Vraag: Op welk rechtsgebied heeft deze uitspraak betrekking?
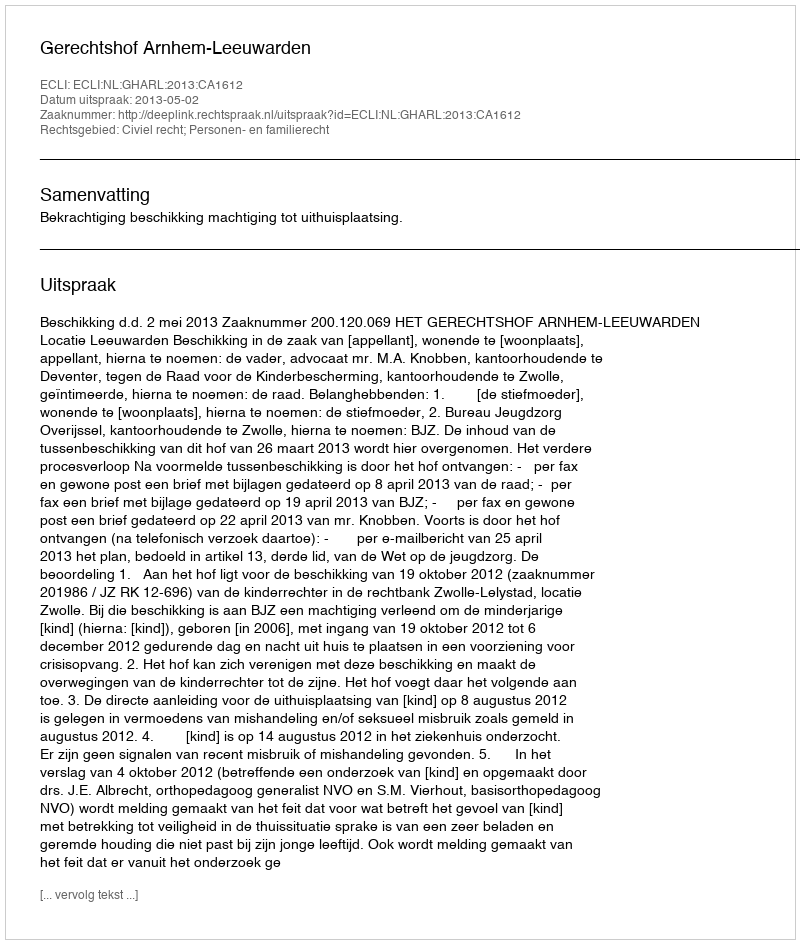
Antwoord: Civiel recht; Personen- en familierecht